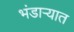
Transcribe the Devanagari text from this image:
भंडाऱ्यात